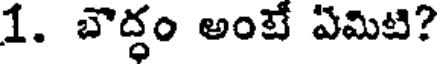
1. బౌద్ధం అంటే ఏమిటి?